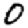
Digit: 0